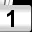
Digit: 1